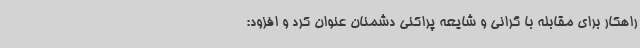
راهکار برای مقابله با گرانی و شایعه پراکنی دشمنان عنوان کرد و افزود: